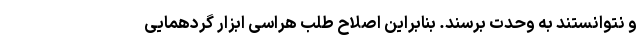
و نتوانستند به وحدت برسند. بنابراین اصلاح طلب هراسی ابزار گردهمایی